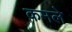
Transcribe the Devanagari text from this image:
कमले